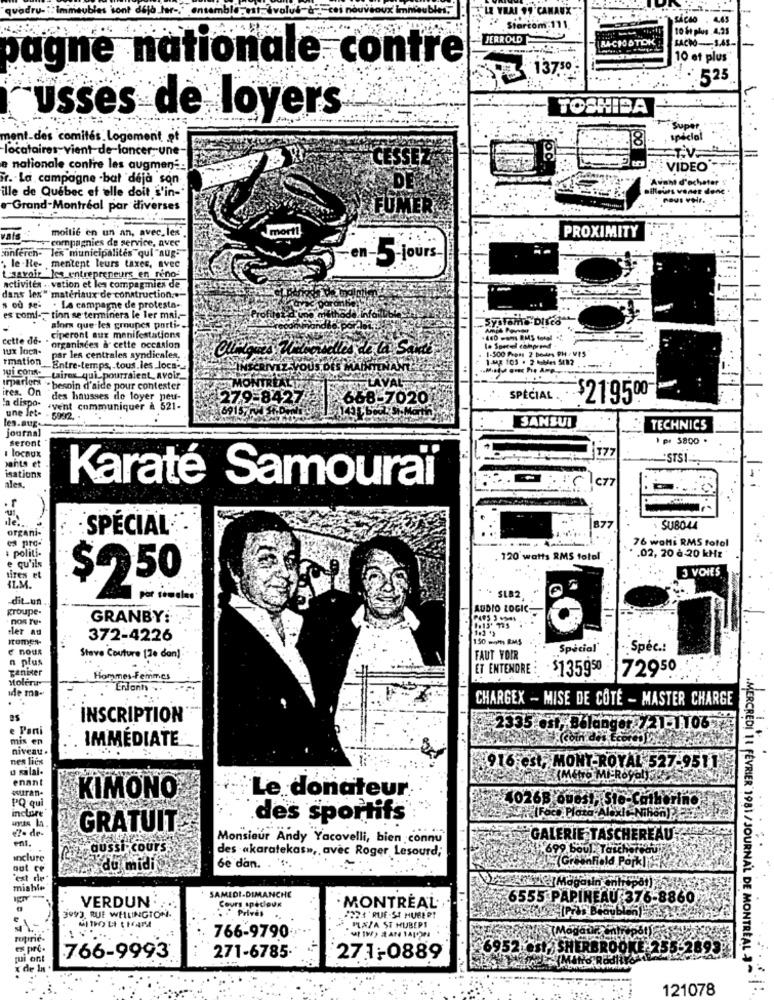
quadru-
Sont
ANAUX
SACAo . 4.45
Startom:111
10 &t plus 4,25
JERROLD
LAACHOTOK
pagne nationale contre
10 et plus
13750
. .. 525
TOSHIBA
usses de loyers
Super
ment_des comités Logement
18
spécial
locataires-vient de lancer, une-
e nationale contre les augmen --
VIDEO'
. La campagne -bat deja son
Avant d'acheter
ailleurs voner denc .
ille de Quebec ef elle doit s'in-
nous voir.
e Grand-Montréal par diverses
FUMI
...
moitié en un an, avec les'
PROXIMITY
vals
compagnies de service, avec
conferen- les municipalités qui "aug-
-5 Jours.
le .Re- mentent leurs taxes, avec
t -savoir les entrepreneurs en reno-
activités .. vation et lea compagmies de
dans les" matériaux de construction ..-
. La campagne de protesta-
es comi -- tion se terminera le ler mai .-
Systeme Disco
alors que les groupes parti -.
cette ds. . ciperont aux manifestations
cette de- .
"organinces a cette occasion
1-500 Press 2 bedes PH / VPS
par les centrales syndicales.
1.5g 103 . 2 MMes 5492
rmation __ Entre-temps, tous.les loca-
Z-VOUS DES
qui con tairex qui pourraient. avoir_
ires. On
besoin d'aide pour contester
In dispo-
des hausses de loyer peu-
279-8427
668-7020
SPÉCIAL
$219500
une let-
.vent communiquer & 521-
les.aug-
SANSUI
journal
TECHNICS
seront
pr S800 .
. locaux
177
"STS!
santa et
isations
ales.
Karaté Samouraï
877
Organi-
SPÉCIAL
SUB044
es pro-
76 wohli RMS fotol
: politi-
. 120 watts RMS totel
. . 02, 20 à 20 kHz
e qu'ils
tires et
3 VOIES
SLB2 "
-dit.un
$250
por rosales
groupe.
AUDIO LOGIC-
nos Tu-
GRANBY:
ler au
tomes-
372-4226
150 moms RMS
e nous
Spécial'
Spec .:
n plus
Stave Couture [30 don)
FAUT VOIR
ganiser
ET ENTENDRE
$135950
72950
Moleru-
Hommes-Femmes
Enfants ..
CHARGEX - MISE DE COTE - MASTER CHARGE
INSCRIPTION
e Pani
2335-001, 0
mis en
IMMÉDIATE
niveau.
nes lies
u salai.
916 est, MONT-ROYAL 527-9511
enant
ANO MI-RO
«suran-
Le donateur
PQ qui
KIMONO
026B ou631, 516-C
inclure
des sportifs
e2- de-
GRATUIT
ent
Monsieur Andy Yacovelli, bien connu
GALERIE TASCHEREAU
aussi cours.
699 boul: Touched
Inclure
des akaratekas», avec Roger Lesourd;
out ce
du midi
be dan. . ..
bid Porkl
est de -
miahle
VERDUN
SAMEDI-DIMANCHE
6555 PAPINEAU 376-8860
Cours specloux
MONTREAL
€1
3993. RUE WHLINGTON
. "Privés
#224'RUE-ST HUBERT
PLAZA ST HUBERT
repirie-
766-9790
ex pre-
2 0sty SHERBROOKE 255
qui ont
766-9993
271-6785-
271-0889
MANGE
.MERCREDI 11 FÉVRIER 1981 / JOURNAL DE MONTREAL
x de la
121078